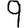
Digit: 9